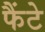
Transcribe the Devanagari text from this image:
फैंटे